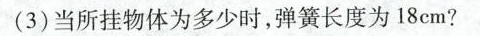
(3)当所挂物体为多少时，弹簧长度为18cm?